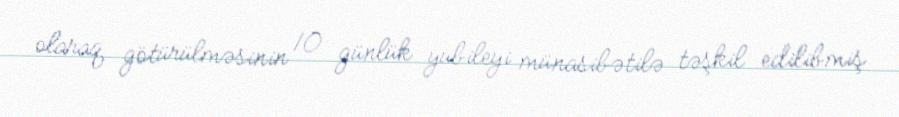
olaraq götürülməsinin 10 günlük yubileyi münasibətilə təşkil edilibmiş.